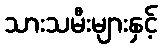
သားသမီးများနှင့်